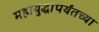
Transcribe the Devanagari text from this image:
महायुद्धापर्यंतच्या